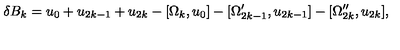
\delta B _ { k } = u _ { 0 } + u _ { 2 k - 1 } + u _ { 2 k } - [ \Omega _ { k } , u _ { 0 } ] - [ \Omega _ { 2 k - 1 } ^ { \prime } , u _ { 2 k - 1 } ] - [ \Omega _ { 2 k } ^ { \prime \prime } , u _ { 2 k } ] ,